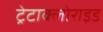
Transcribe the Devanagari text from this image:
ट्रेटाक्लोराइड